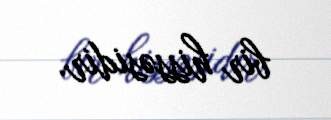
bir hissəsidir.